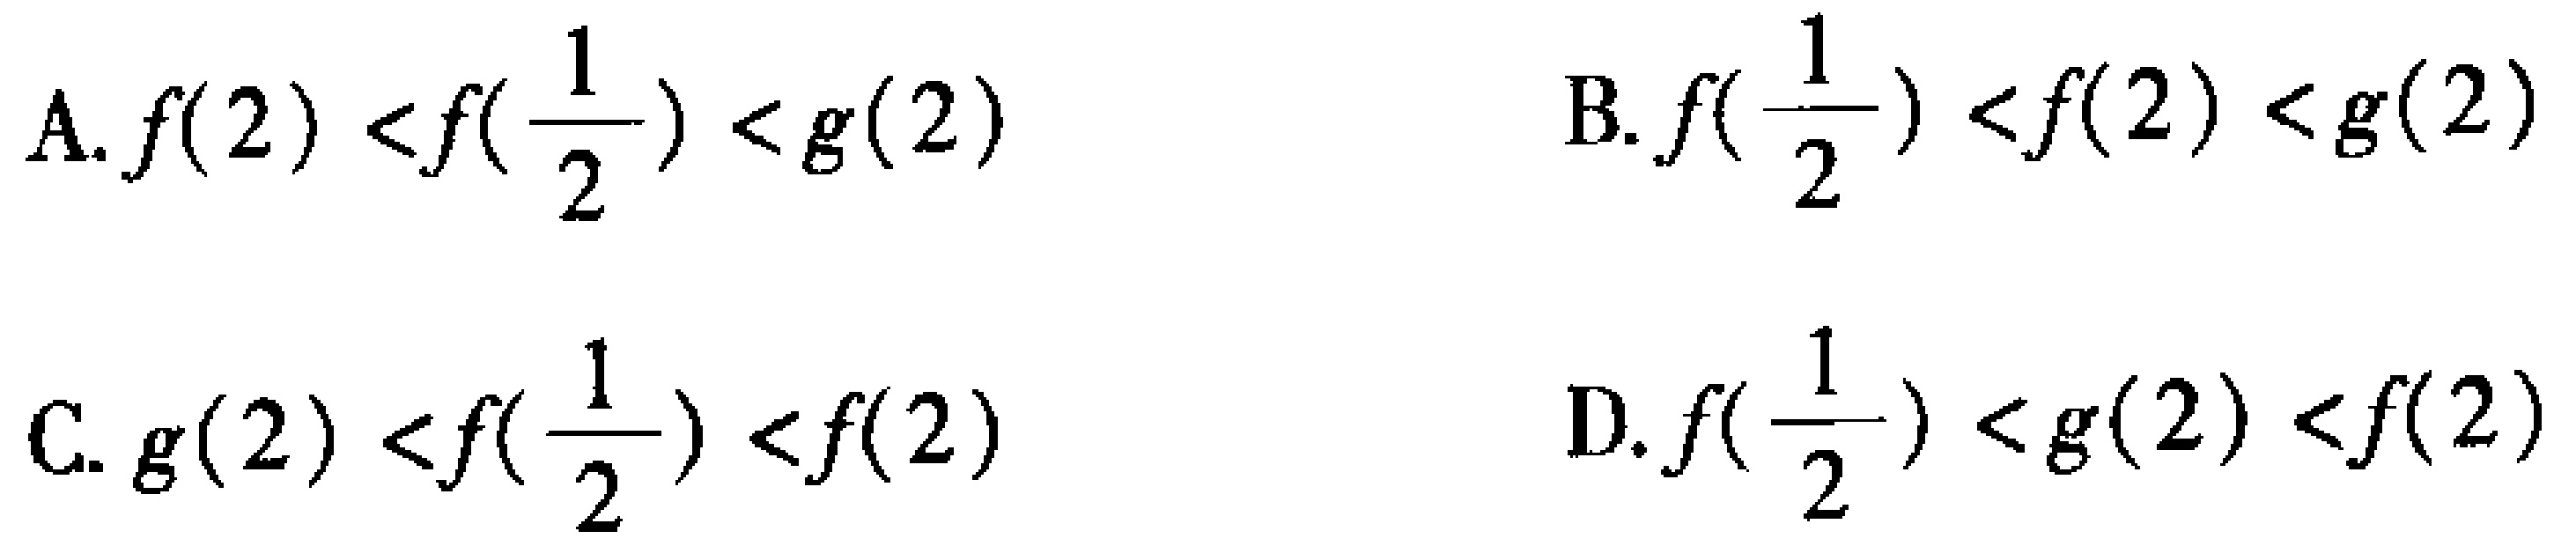
A. \(f(2)<f(\frac{1}{2})<g(2)\)

B. \(f(\frac{1}{2})<f(2)<g(2)\)

C. \(g(2)<f(\frac{1}{2})<f(2)\)

D. \(f(\frac{1}{2})<g(2)<f(2)\)